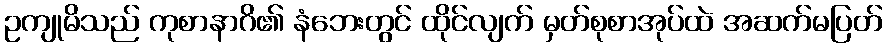
ဥကျုမိသည် ကုစာနာဂိ၏ နံဘေးတွင် ထိုင်လျက် မှတ်စုစာအုပ်ထဲ အဆက်မပြတ်